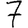
Digit: 7